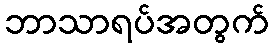
ဘာသာရပ်အတွက်